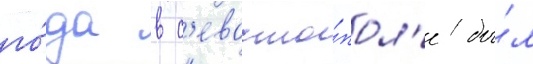
го́да в с'евасто́пол'е бы́л